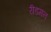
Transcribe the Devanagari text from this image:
रीडमन